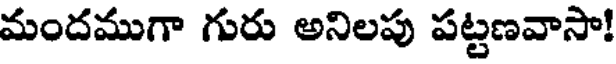
మందముగా గురు అనిలపు పట్టణవాసా!